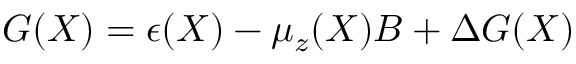
G ( X ) = \epsilon ( X ) - \mu _ { z } ( X ) B + \Delta G ( X )